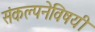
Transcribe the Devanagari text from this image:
संकल्पनेविषयी